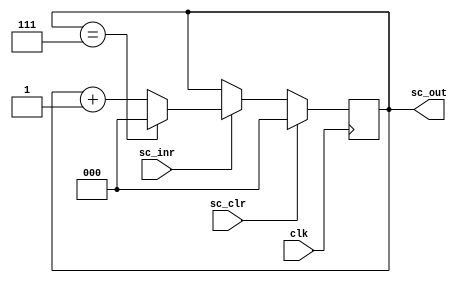

module SequenceCounter(sc_inr, sc_clr, clk, sc_out);

input sc_inr, sc_clr;
input clk;
output [2:0] sc_out;
reg [2:0] sc_out;

initial
begin
	sc_out <= 0;
end

always@(posedge clk) begin
	if(sc_clr) sc_out <= 0;
	else if(sc_inr) begin
		if(sc_out == 7) sc_out = 0;
		else sc_out = sc_out + 1;
	end
end

endmodule